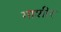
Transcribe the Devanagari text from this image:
गाशीर